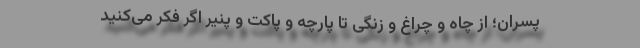
پسران؛ از چاه و چراغ و زنگی تا پارچه و پاکت و پنیر اگر فکر می‌کنید